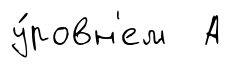
у́ровн'ем А